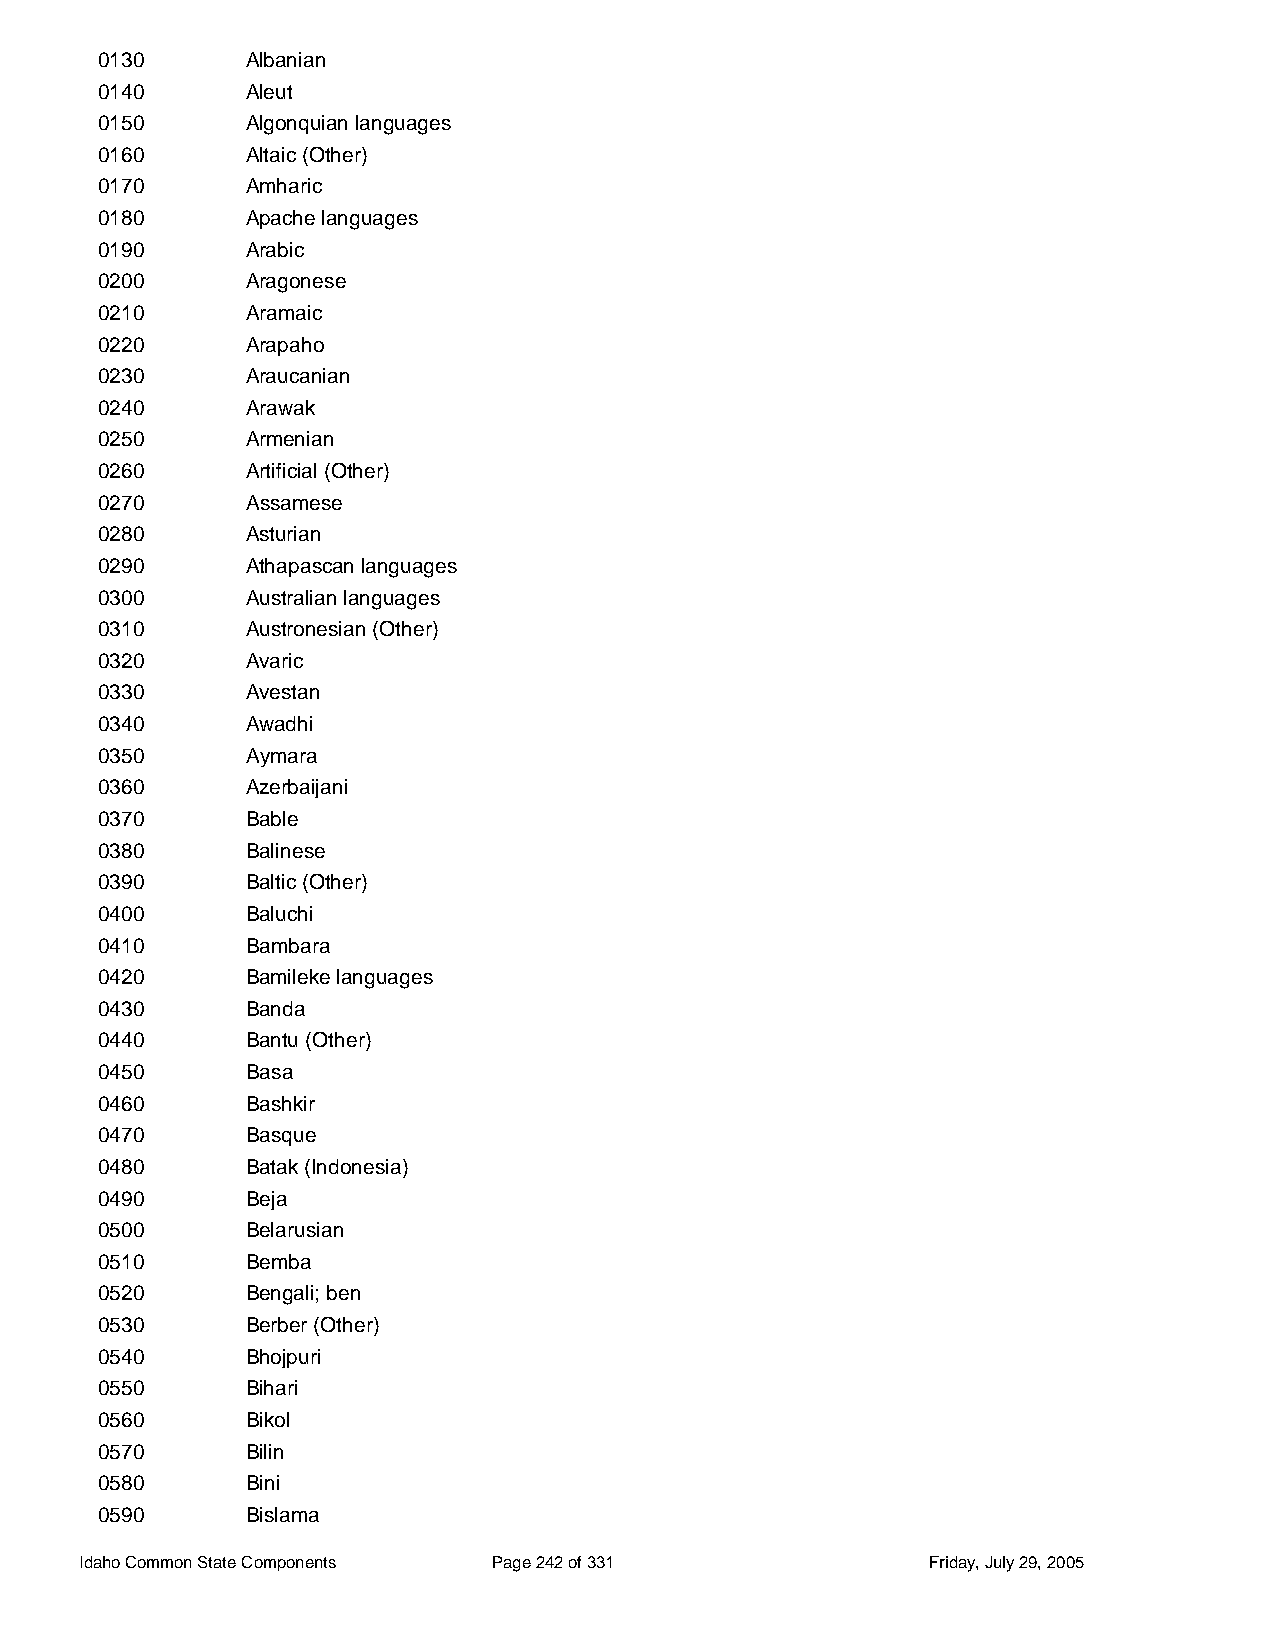
0130      Albanian
 0140      Aleut
 0150      Algonquian languages
 0160      Altaic (Other)
 0170      Amharic
 0180      Apache languages
 0190      Arabic
 0200      Aragonese
 0210      Aramaic
 0220      Arapaho
 0230      Araucanian
 0240      Arawak
 0250      Armenian
 0260      Artificial (Other)
 0270      Assamese
 0280      Asturian
 0290      Athapascan languages
 0300      Australian languages
 0310      Austronesian (Other)
 0320      Avaric
 0330      Avestan
 0340      Awadhi
 0350      Aymara
 0360      Azerbaijani
 0370      Bable
 0380      Balinese
 0390      Baltic (Other)
 0400      Baluchi
 0410      Bambara
 0420      Bamileke languages
 0430      Banda
 0440      Bantu (Other)
 0450      Basa
 0460      Bashkir
 0470      Basque
 0480      Batak (Indonesia)
 0490      Beja
 0500      Belarusian
 0510      Bemba
 0520      Bengali; ben
 0530      Berber (Other)
 0540      Bhojpuri
 0550      Bihari
 0560      Bikol
 0570      Bilin
 0580      Bini
 0590      Bislama
 Idaho Common State Components Page 242 of 331           Friday, July 29, 2005